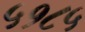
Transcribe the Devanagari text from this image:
५१८५